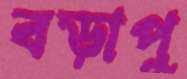
বড়াপু